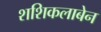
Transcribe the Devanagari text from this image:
शशिकलाबेन